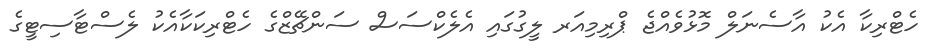
ހެޓްރިކާ އެކު އާސެނަލް މޮޅުވެއްޖެ ޕްރިމިއަރ ލީގުގައި އެލެކްސަސް ސަންޗޭޒްގެ ހެޓްރިކަކާއެކު ލެސްޓާސިޓީގެ